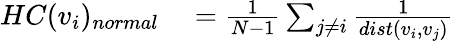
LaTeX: \begin{array}{rl}{HC(v_{i})_{normal}}&{{}=\frac{1}{N-1}\sum_{j\neq i}{\frac{1}{dist(v_{i},v_{j})}}}\end{array}